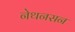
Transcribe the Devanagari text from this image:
नेथनसन